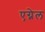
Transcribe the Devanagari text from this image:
एग्नेल